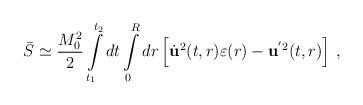
LaTeX: \begin{align*}\bar S \simeq \frac{M_{0}^2}{2}\int\limits_{t_1}^{t_2}dt\int\limits_{0}^{R}dr\left [\dot{\bf u}^2(t,r)\varepsilon(r)-{\bf u}^{'2}(t,r)\right ]\,{,}\end{align*}